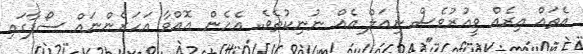
އެތައް އިރެއް ވީއުރުވެސް ނިއަލް އެއް ނުނިކުތެވެ.. އެހެން އޮއްވާ އަހަރެންނައް ސޯފާގައި